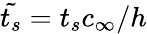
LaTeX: \tilde{t_{s}}=t_{s}c_{\infty}/h